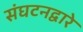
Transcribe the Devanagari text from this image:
संघटनद्वारे